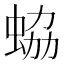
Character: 蛠